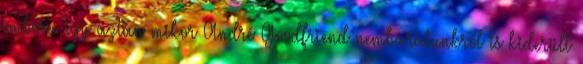
embere. Így aztán mikor André Goodfriend nembarátunkról is kiderült